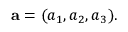
\mathbf { a } = ( a _ { 1 } , a _ { 2 } , a _ { 3 } ) .